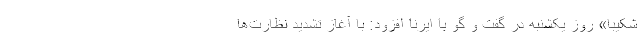
شکیبا» روز یکشنبه در گفت و گو با ایرنا افزود: با آغاز تشدید نظارت‌ها